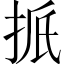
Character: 𪭭